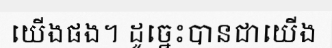
យើងផង។ ដូច្នេះបានជាយើង